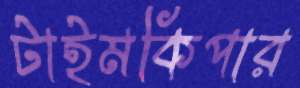
টাইমকিপার